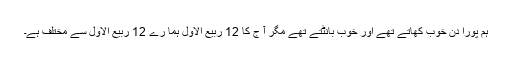
ہم پورا دن خوب کھاتے تھے اور خوب بانٹتے تھے مگر آ ج کا 12 ربیع الاول ہما رے 12 ربیع الاول سے مختلف ہے۔